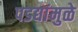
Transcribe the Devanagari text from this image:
पडद्यांमुळे